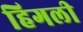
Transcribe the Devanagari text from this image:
हिगली